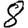
Digit: 8